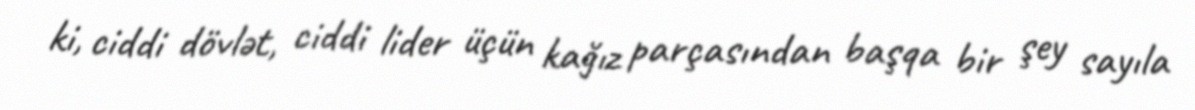
ki, ciddi dövlət, ciddi lider üçün kağız parçasından başqa bir şey sayıla